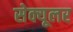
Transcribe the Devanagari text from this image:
सेक्यूलर